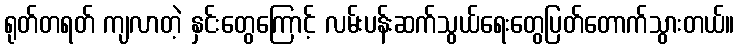
ရုတ်တရတ် ကျလာတဲ့ နှင်းတွေကြောင့် လမ်းပန်းဆက်သွယ်ရေးတွေပြတ်တောက်သွားတယ်။